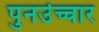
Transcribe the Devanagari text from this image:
पुनर्उच्चार